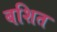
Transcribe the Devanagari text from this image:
बशित